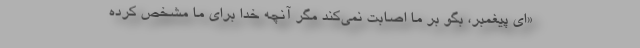
«ای پیغمبر، بگو بر ما اصابت نمی‌کند مگر آنچه خدا برای ما مشخص کرده